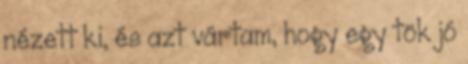
nézett ki, és azt vártam, hogy egy tök jó